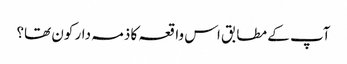
آپ کے مطابق اس واقعہ کا ذمہ دار کون تھا؟